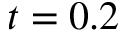
t = 0 . 2